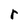
Character: r